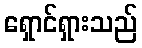
ရှောင်ရှားသည်